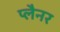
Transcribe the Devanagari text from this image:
प्लैनर